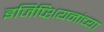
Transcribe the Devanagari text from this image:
इजिप्शियनांच्या